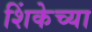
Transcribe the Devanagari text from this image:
शिंकेच्या